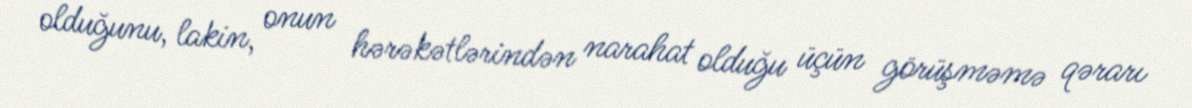
olduğunu, lakin, onun hərəkətlərindən narahat olduğu üçün görüşməmə qərarı